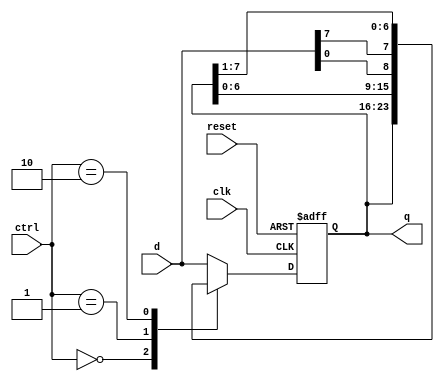
// Listing 4.8
module univ_shift_reg
   #(parameter N=8)
   (
    input wire clk, reset,
    input wire [1:0] ctrl,
    input wire [N-1:0] d,
    output wire [N-1:0] q
   );

   //signal declaration
   reg [N-1:0] r_reg, r_next;

   // body
   // register
   always @(posedge clk, posedge reset)
      if (reset)
         r_reg <= 0;
      else
         r_reg <= r_next;

   // next-state logic
   always @*
     case(ctrl)
       2'b00: r_next = r_reg;                  // no op
       2'b01: r_next = {r_reg[N-2:0], d[0]};   // shift left
       2'b10: r_next = {d[N-1], r_reg[N-1:1]}; // shift right
       default: r_next = d;                    // load
     endcase
   // output logic
   assign q = r_reg;

endmodule